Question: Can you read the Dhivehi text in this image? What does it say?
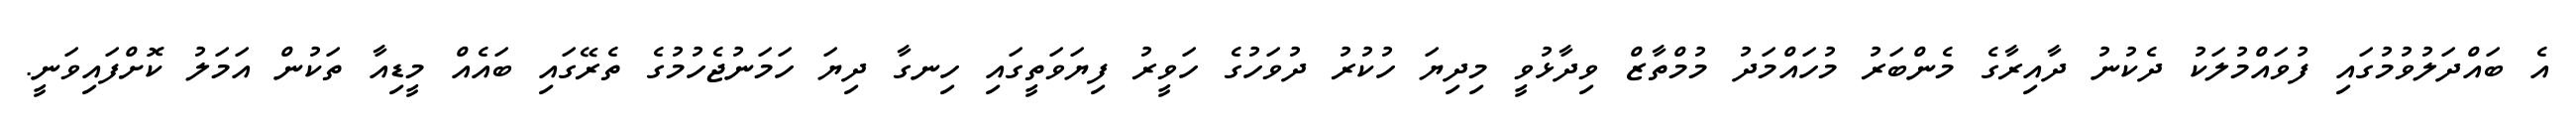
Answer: އެ ބައްދަލުވުމުގައި ފުވައްމުލަކު ދެކުނު ދާއިރާގެ މެންބަރު މުހައްމަދު މުމްތާޒް ވިދާޅުވީ މިދިޔަ ހުކުރު ދުވަހުގެ ހަވީރު ފިޔަވަތީގައި ހިނގާ ދިޔަ ހަމަނުޖެހުމުގެ ތެރޭގައި ބައެއް މީޑިއާ ތަކުން އަމަލު ކޮށްފައިވަނީ.